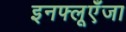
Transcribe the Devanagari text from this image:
इनफ्लूएँजा